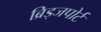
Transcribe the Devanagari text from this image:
ब्रिड्जपोर्ट